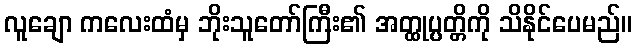
လူချော ကလေးထံမှ ဘိုးသူတော်ကြီး၏ အတ္ထုပ္ပတ္တိကို သိနိုင်ပေမည်။